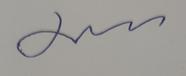
Signature authenticity: genuine